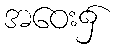
အဝေး၌